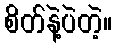
စိတ်နဲ့ပဲတဲ့။